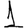
Digit: 1